Sanitation, dispensaries and jails vaccination Rajputana 1922-1927 - 1922-1927
Year: 1922
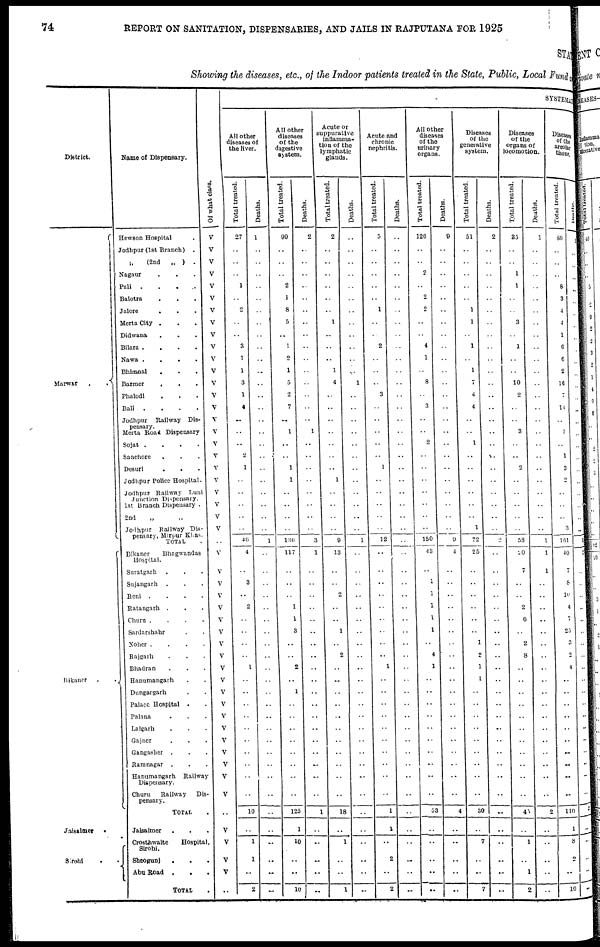
74
REPORT ON SANITATION, DISPENSARIES, AND JAILS IN RAJPUTANA FOR 1925
STATE
Showing the diseases, etc., of the Indoor patients treated in the State, Public, Local Fund
District.
Marwar
.
.
Bikaner
.
.
Jaisalmer
.
Sirohi ..
Name of Dispensary.
Hewson Hospital.
Jodhpur (1st Branch)
.
„(2nd
„ )
.
Nagaur ...
Pali .
.
.
.
.
Balotra...
Jalore ...
Merta City ...
Didwana ...
Bilara .
.
.
.
Nawa .
.
.
.
Bhimnal...
Barmer
...
Phalodi...
Bali
.
.
.
.
Jodhpur
Railway Dis-
pensary.
Merta Road Dispensary
Sojat .
.
.
.
Sanchore ...
Desuri
.
. .
Jodhpur Police Hospital.
Jodhpur Railway Luni
Junction Dispensary.
1st Branch Dispensary .
2nd „ „
Jodhpur Railway Dis¬
pensary, Mirpur Klas.
TOTAL .
Bikaner
Bhagwandas
Hospital.
Suratgarh ...
Sujangarh ...
Reni .
.
.
.
Ratangarh ...
Churu .
.
.
.
Sardarshahr ..
Noher .
.
.
.
Rajgarh ...
Bhadran ...
Hanumangarh ..
Dungargarh ..
Palace Hospital . .
Palana ...
Lalgarh ...
Gajner ...
Gangasher ...
Ramnagar ...
Hanumangarh
Railway
Dispensary.
Churu Railway
Dis-
pensary.
TOTAL .
Jaisalmer ...
Crosthwaite
Hospital,
Sirohi.
Sheogunj ...
Abu Road
...
TOTAL
.
Of what class.
V
V
V
V
V
V
V
V
V
V
V
V
V
V
V
V
V
V
V
V
V
V
V
V
V
..
V
V
V
V
V
V
V
V
V
V
V
V
V
V
V
V
V
V
V
V
..
V
V
V
V
..
SYSTEMATIC
All other
diseases of
the liver.
Total treated.
27
..
..
..
1
..
2
..
..
3
1
1
3
1
4
..
..
..
2
1
..
..
..
..
..
46
4
..
3
..
2
..
..
..
..
1
..
..
..
..
..
..
..
..
..
..
10
..
1
1
..
2
Deaths.
1
..
..
..
..
..
..
..
..
..
..
..
..
..
..
..
..
..
..
..
..
..
..
..
..
1
..
..
..
..
..
..
..
..
..
..
..
..
..
..
..
..
..
..
..
..
..
..
..
..
..
..
All other
diseases
of the
digestive
system.
Total treated.
99
..
..
..
2
1
8
5
..
1
2
1
5
2
7
..
1
..
..
1
1
..
..
..
..
l36
117
..
..
..
1
1
3
..
..
2
..
1
..
..
..
..
..
..
..
..
125
1
10
..
..
10
Deaths.
2
..
..
..
..
..
..
..
..
..
..
..
..
..
..
..
1
..
..
..
..
..
..
..
..
3
1
..
..
..
..
..
..
..
..
..
..
..
..
..
..
..
..
..
..
..
1
..
..
..
..
..
Acute or
suppurative
inflamma-
tion of the
lyemphatic
glands.
Total treated.
2
..
..
..
..
..
..
1
..
..
..
1
4
..
..
..
..
..
..
..
1
..
..
..
..
9
13
..
..
2
..
..
1
..
2
..
..
..
..
..
..
..
..
..
..
..
18
..
1
..
..
1
Deaths.
..
..
..
..
..
..
..
..
..
..
..
..
1
..
..
..
..
..
..
..
..
..
..
..
..
1
..
..
..
..
..
..
..
..
..
..
..
..
..
..
..
..
..
..
..
..
..
..
..
..
..
..
Acute and
chronic
nephritis.
Total treated.
5
..
..
..
..
1
..
2
..
..
..
3
..
..
..
..
..
1
..
..
..
..
..
12
..
..
..
..
..
..
..
..
..
1
..
..
..
..
..
..
..
..
..
..
1
1
..
2
..
2
Deaths.
..
..
..
..
..
..
..
..
..
..
..
..
..
..
..
..
..
..
..
..
..
..
..
..
..
..
..
..
..
..
..
..
..
..
..
..
..
..
..
..
..
..
..
..
..
..
..
..
..
..
..
..
All other
diseases
of the
urinary
organs.
Total treated.
126
..
..
2
..
2
2
..
..
4
1
..
8
..
3
..
..
2
..
..
..
..
..
..
..
150
43
..
1
1
1
1
1
..
4
1
..
..
..
..
..
..
..
..
..
..
53
..
..
..
..
..
Deaths.
9
..
..
..
..
..
..
..
..
..
..
..
..
..
..
..
..
..
..
..
..
..
..
..
..
9
4
..
..
..
..
..
..
..
..
..
..
..
..
..
..
..
..
..
..
..
4
..
..
..
..
..
Diseases
of the
generative
system.
Total treated.
51
..
..
..
..
..
1
1
..
1
..
1
7
4
4
..
..
1
..
..
..
..
..
..
1
72
25
..
..
..
..
..
..
1
2
1
1
..
..
..
..
..
..
..
..
..
30
..
7
..
..
7
Deaths.
2
..
..
..
..
..
..
..
..
..
..
..
..
..
..
..
..
..
..
..
..
..
..
..
..
2
..
..
..
..
..
..
..
..
..
..
..
..
..
..
..
..
..
..
..
..
..
..
..
..
..
..
Diseases
of the
organs of
locomotion.
Total treated.
35
..
..
1
1
..
..
3
..
1
..
..
10
2
..
..
3
..
..
2
..
..
..
..
..
58
20
7
..
..
2
6
..
2
8
..
..
..
..
..
..
..
..
..
..
..
45
..
1
..
1
2
Deaths.
1
..
..
..
..
..
..
..
..
..
..
..
..
..
..
..
..
..
..
..
..
..
..
..
..
1
1
1
..
..
..
..
..
..
..
..
..
..
..
..
..
..
..
..
..
..
2
..
..
..
..
..
Diseases
of the
areolar
tissue.
Total treated.
80
..
..
..
8
..
4
4
1
6
6
2
16
7
14
..
1
..
1
3
2
..
..
..
3
161
40
7
8
10
4
7
25
3
2
4
..
..
..
..
..
..
..
..
..
..
110
1
8
2
..
10
Deaths.
1
..
..
..
..
..
..
..
..
..
..
..
..
..
..
..
..
..
..
..
..
..
..
..
..
3
2
..
..
..
..
..
..
..
..
..
..
..
..
..
..
..
..
..
..
..
2
..
..
..
..
..